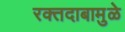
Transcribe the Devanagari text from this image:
रक्तदाबामुळे